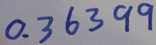
0 . 3 6 3 9 9